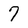
Character: 7